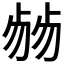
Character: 𠨂